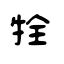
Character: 牷